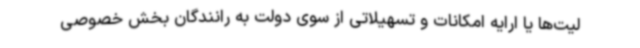
لیت‌ها یا ارایه امکانات و تسهیلاتی از سوی دولت به رانندگان بخش خصوصی